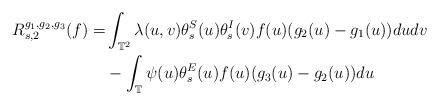
LaTeX: \begin{align*}R_{s,2}^{g_1, g_2, g_3}(f)=&\int_{\mathbb{T}^2}\lambda(u,v)\theta_s^S(u)\theta_s^I(v)f(u)(g_2(u)-g_1(u))dudv\\&-\int_{\mathbb{T}}\psi(u)\theta_s^E(u)f(u)(g_3(u)-g_2(u))du\end{align*}